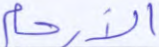
الأرحام